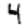
Digit: 4